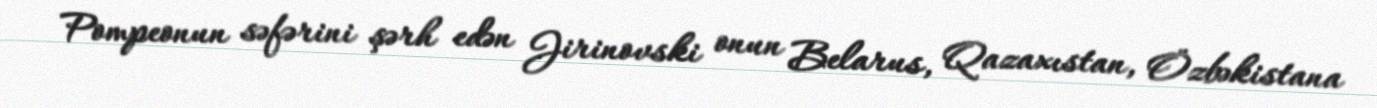
Pompeonun səfərini şərh edən Jirinovski onun Belarus, Qazaxıstan, Özbəkistana